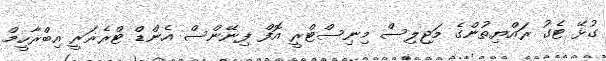
ގުޅޭ ޓެގު ރައްޔިތުންގެ މަޖިލިސް މިނިސްޓްރީ އޮފް ފިނޭންސް އެންޑް ޓްރެޜަރީ އިބްރާހީމް